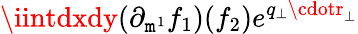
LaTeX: \iintdxdy(\partial_{\mathtt{m}^{1}}f_{1})(f_{2})e^{q_{\perp}\cdotr_{\perp}}